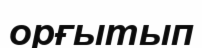
орғытып